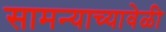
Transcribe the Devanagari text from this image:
सामन्याच्यावेळी